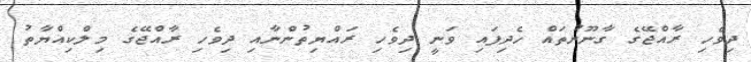
ދިވެހި ރާއްޖޭގެ ގާނޫނުތައް ހެދިފައި ވަނީ ދިވެހި ރައްޔިތުންނާއި ދިވެހި ރާއްޖޭގެ މިލްކިއްޔާތު